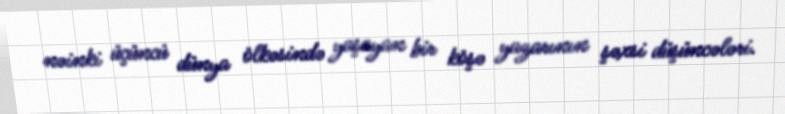
nəinki üçüncü dünya ölkəsində yaşayan bir köşə yazarının şəxsi düşüncələri.